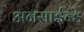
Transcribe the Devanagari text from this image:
अनसाईन्ड